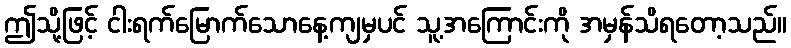
ဤသို့ဖြင့် ငါးရက်မြောက်သောနေ့ကျမှပင် သူ့အကြောင်းကို အမှန်သိရတော့သည်။